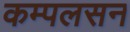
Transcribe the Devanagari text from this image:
कम्पलसन